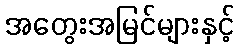
အတွေးအမြင်များနှင့်